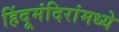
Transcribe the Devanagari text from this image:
हिंदूमंदिरांमध्ये